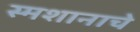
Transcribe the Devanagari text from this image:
स्मशानाचे